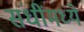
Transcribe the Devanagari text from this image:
संधींमध्ये